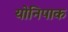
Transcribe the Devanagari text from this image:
योनिपाक